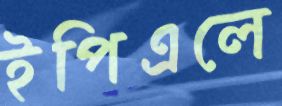
ইপিএলে